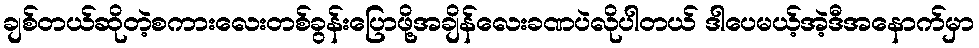
ချစ်တယ်ဆိုတဲ့စကားလေးတစ်ခွန်းပြောဖို့အချိန်လေးခဏပဲလိုပါတယ် ဒါပေမယ့်အဲ့ဒီအနောက်မှာ